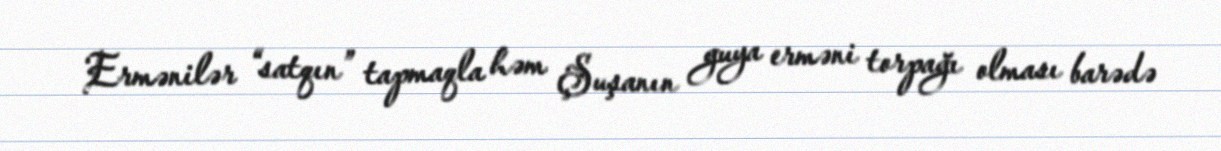
Ermənilər “satqın” tapmaqla həm Şuşanın guya erməni torpağı olması barədə